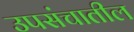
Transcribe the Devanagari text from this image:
उपसंचातील